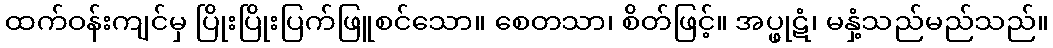
ထက်ဝန်းကျင်မှ ပြိုးပြိုးပြက်ဖြူစင်သော။ စေတသာ၊ စိတ်ဖြင့်။ အပ္ဖုဋံ၊ မနှံ့သည်မည်သည်။